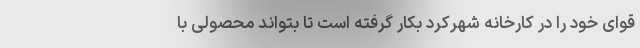
قوای خود را در کارخانه شهرکرد بکار گرفته است تا بتواند محصولی با